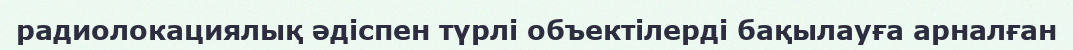
радиолокациялық әдіспен түрлі объектілерді бақылауға арналған